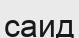
саид